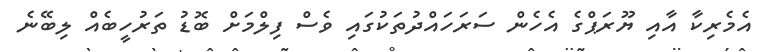
އެމެރިކާ އާއި ޔޫރަޕްގެ އެހެން ސަރަހައްދުތަކުގައި ވެސް ފިލްމަށް ބޮޑު ތަރުހީބެއް ލިބޭނެ